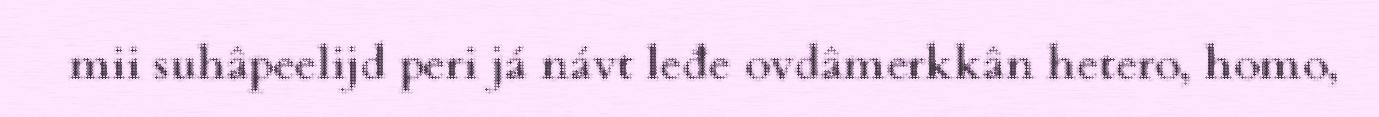
mii suhâpeelijd peri já návt leđe ovdâmerkkân hetero, homo,